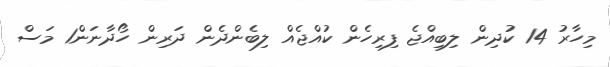
މިހާރު 14 ކުދިން ލިބިއްޖެ ފިރިހެން ކުއްޖެއް ލިބެންދެން ދަރިން ހޯދާނަން1 މަސް